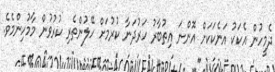
ދެމީހުން އެކަކު އަނެކަކަށް އޮންނަ އިތުބާރު ހަރުދަނާ ކުރުމަށް ހޭލުންތެރި ކުރުވުން މާމުހިންމެވެ.